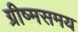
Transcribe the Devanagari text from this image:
ग्रीष्मसमय